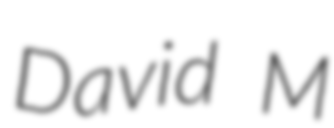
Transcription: David M